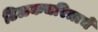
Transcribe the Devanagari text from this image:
टिळकचरित्राचे